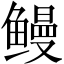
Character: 鳗